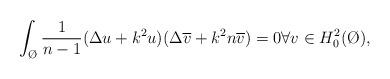
LaTeX: \begin{align*}\int_{\O} \frac{1}{n-1}(\Delta u +k^2 u)(\Delta \overline{v}+k^2n\overline{v})=0& \forall v\in H_0^2(\O),\end{align*}